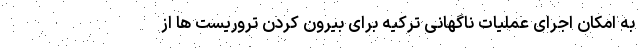
به امکان اجرای عملیات ناگهانی ترکیه برای بیرون کردن تروریست ها از